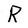
Character: R